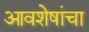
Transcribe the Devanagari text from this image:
आवशेषांचा